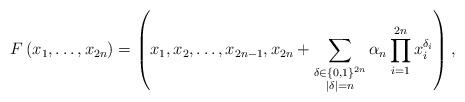
LaTeX: \begin{align*}F\left(x_{1},\dots,x_{2n}\right)=\left(x_{1},x_{2},\dots,x_{2n-1},x_{2n}+\sum_{\substack{\delta\in\left\{ 0,1\right\} ^{2n}\\\left|\delta\right|=n}}\alpha_{n}\prod_{i=1}^{2n}x_{i}^{\delta_{i}}\right),\end{align*}